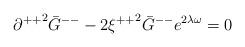
LaTeX: \begin{align*}{\partial ^{++}}^{2}{\bar G}^{--}-2{\xi^{++}}^{2}{\bar G}^{--} e^{2\lambda\omega}=0\\\end{align*}